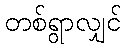
တစ်ရွာလျှင်